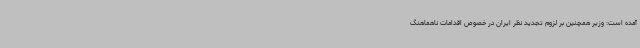
آمده است: وزیر همچنین بر لزوم تجدید نظر ایران در خصوص اقدامات ناهماهنگ